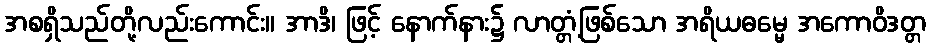
အစရှိသည်တို့လည်းကောင်း။ အာဒိ၊ ဖြင့် နောက်နား၌ လာတ္တံ့ဖြစ်သော အရိယဓမ္မေ အကောဝိဒတ္တ